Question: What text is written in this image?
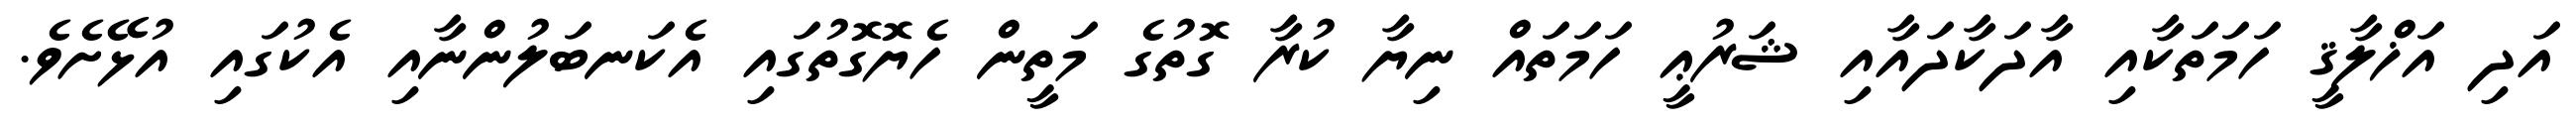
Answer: އަދި އަޚްލާޤީ ހަމަތަކާއި އާދަކާދައާއި ޝަރުޢީ ހަމަތައް ނިޔާ ކުރާ ގޮތުގެ މަތީން ހެޔޮގޮތުގައި އެކަނބަލުންނާއި އެކުގައި އުޅޭށެވެ.